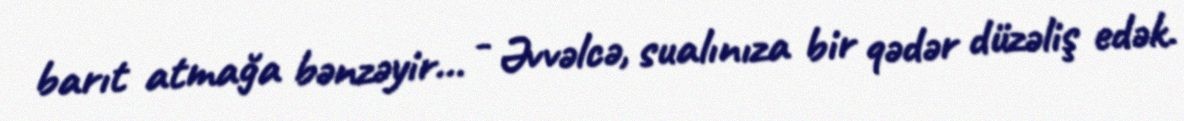
barıt atmağa bənzəyir... - Əvvəlcə, sualınıza bir qədər düzəliş edək.